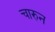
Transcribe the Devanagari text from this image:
चारुन